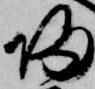
帰